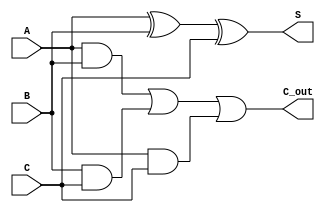
module CSA_4bit (
    input [3:0] A,
    input [3:0] B,
    input [3:0] C,
    output [3:0] S,
    output [3:0] C_out
);
    wire [3:0] sum1, sum2;
    wire [3:0] carry1, carry2;

    // Full Adder for 3 inputs: A, B, C
    assign sum1 = A ^ B ^ C; // Sum without carry
    assign carry1 = (A & B) | (B & C) | (A & C); // Carry bits

    assign S = sum1;
    assign C_out = carry1;

endmodule